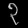
Digit: ၃